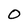
Character: 0